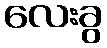
လေးခွ